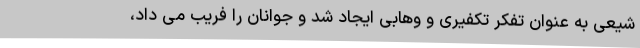
شیعی به عنوان تفکر تکفیری و وهابی ایجاد شد و جوانان را فریب می داد،